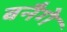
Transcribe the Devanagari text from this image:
बनैगे